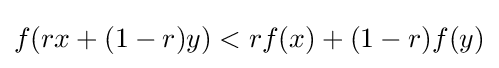
f(rx+(1-r)y)<rf(x)+(1-r)f(y)